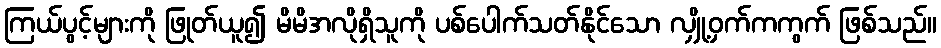
ကြယ်ပွင့်များကို ဖြုတ်ယူ၍ မိမိအလိုရှိသူကို ပစ်ပေါက်သတ်နိုင်သော လျှို့ဝှက်ကကွက် ဖြစ်သည်။